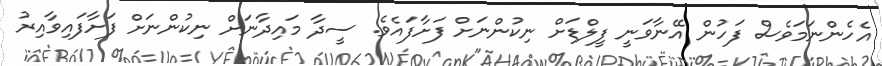
އެހެންނަމަވެސް ފަހުން އޭނާވަނީ ފީލްޑަށް ނިކުންނަށް ފަށާފައެވެ. ސީދާ މައިދާނަށް ނިކުންނަށް ފަށާފައިވާއިރު